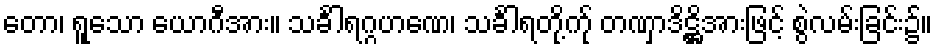
တော၊ ရူသော ယောဂီအား။ သင်္ခါရဂ္ဂဟဏေ၊ သင်္ခါရတို့က်ု တဏှာဒိဋ္ဌိအားဖြင့် စွဲလမ်းခြင်း၌။